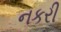
નકરી